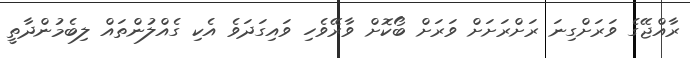
ރާއްޖޭގެ ވަރަށްގިނަ ރަށްރަށަށް ވަރަށް ބޯކޮށް ވާރޭވެހި ވައިގަދަވެ އެކި ގެއްލުންތައް ލިބެމުންދާތީ